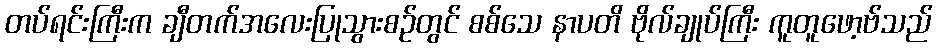
တပ်ရင်းကြီးက ချီတက်အလေးပြုသွားစဉ်တွင် စစ်သေ နာပတိ ဗိုလ်ချုပ်ကြီး ကူတူဖော့ဗ်သည်